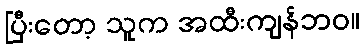
ပြီးတော့ သူက အထီးကျန်ဘဝ။